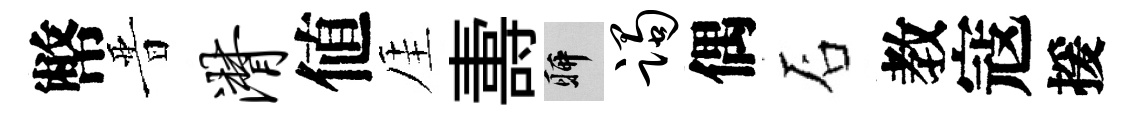
幣晋潸値厓夀聊躅偶石教寇援